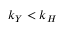
k _ { Y } < k _ { H }